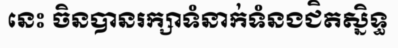
នេះ ចិនបានរក្សាទំនាក់ទំនងជិតស្និទ្ធ